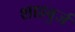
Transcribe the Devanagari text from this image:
शाहबुर्ज